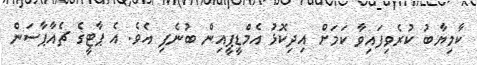
ކާމިޔާބު ކުރެވިފައިވާ ކަމަށް އިދިކޮޅު އެމްޑީޕީއިން ބުނެފި އެވެ. އެ ޕާޓީގެ ޗެއާޕާސަން